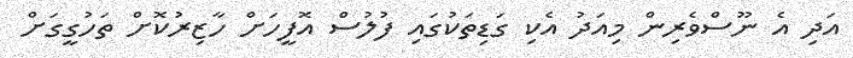
އަދި އެ ނޫސްވެރިން މިއަދު އެކި ގަޑިތަކުގައި ފުލުސް އޮފީހަށް ހާޒިރުކޮށް ތަހުގީގަށް